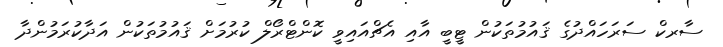
ސާރކް ސަރަހައްދުގެ ޤައުމުތަކުން ޓީބީ އާއި އެޗްއައިވީ ކޮންޓްރޯލް ކުރުމަށް ޤައުމުތަކުން އަދާކުރަމުންދާ